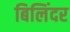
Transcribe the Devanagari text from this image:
बिलिंदर